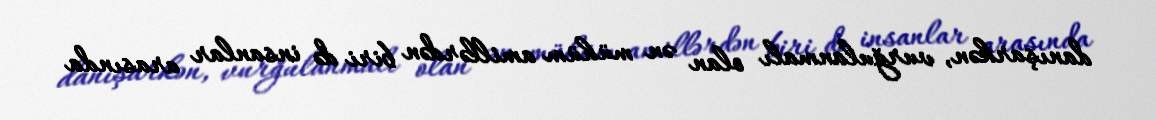
danışarkən, vurğulanmalı olan ən mühüm amillərdən biri də insanlar arasında